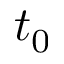
t _ { 0 }